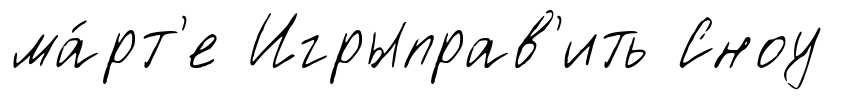
ма́рт'е Игрыправ'ить Сноу